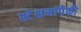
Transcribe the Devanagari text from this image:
स्टेशनांपैकी